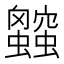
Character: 𲀑